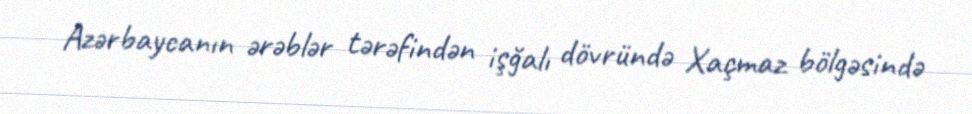
Azərbaycanın ərəblər tərəfindən işğalı dövründə Xaçmaz bölgəsində